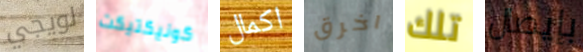
لويجي كونيكتيكت اكمال اخرق تلك بإيصال